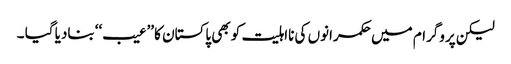
لیکن پروگرام میں حکمرانوں کی نااہلیت کو بھی پاکستان کا ’’عیب‘‘ بنادیا گیا ۔